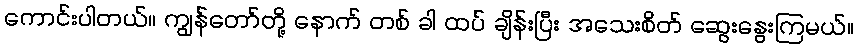
ကောင်းပါတယ်။ ကျွန်တော်တို့ နောက် တစ် ခါ ထပ် ချိန်းပြီး အသေးစိတ် ဆွေးနွေးကြမယ်။